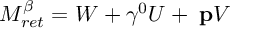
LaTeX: M _ { r e t } ^ { \beta } = W + \gamma ^ { 0 } U + { \bf \gamma p } V